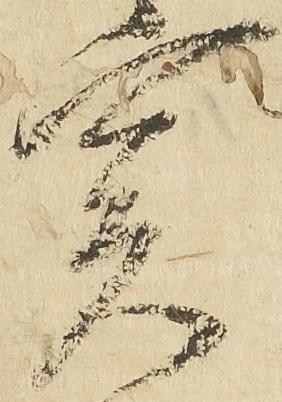
実